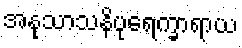
အနုသာသနိပုရေက္ခာရာယ